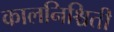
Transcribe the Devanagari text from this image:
कालनिश्चिती